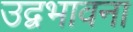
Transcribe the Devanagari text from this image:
उद्वभावना